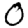
Digit: 0